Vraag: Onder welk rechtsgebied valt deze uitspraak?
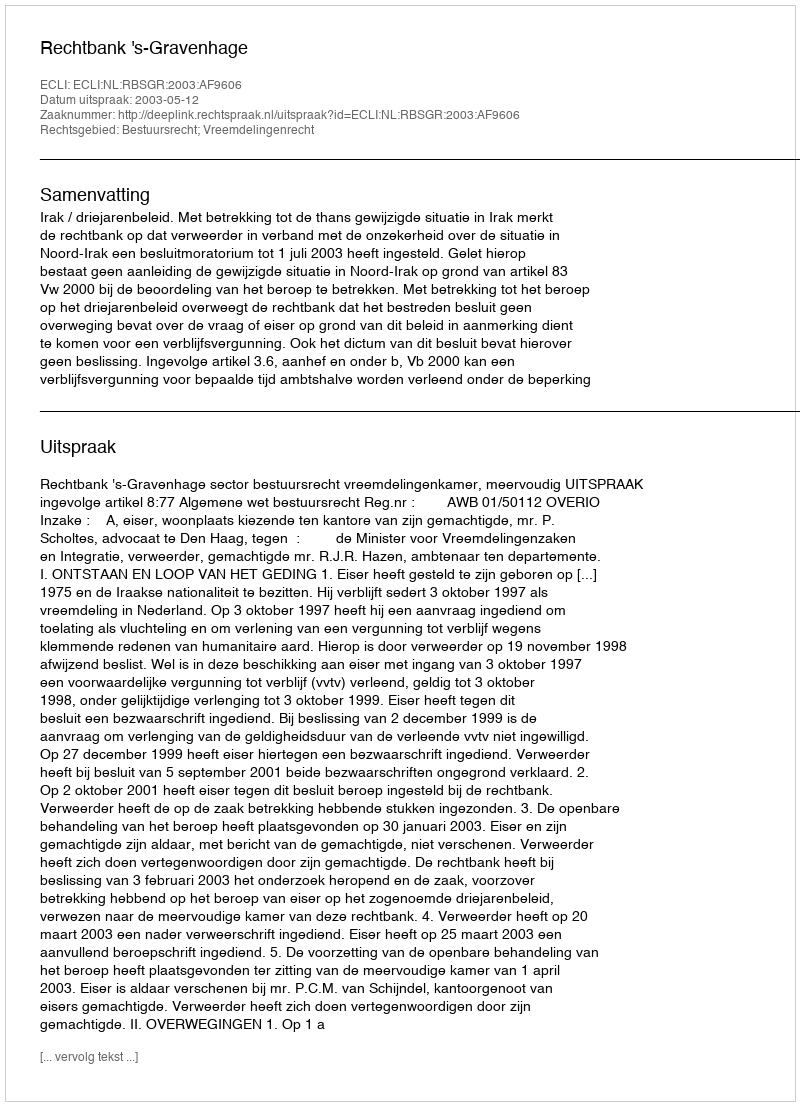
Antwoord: Bestuursrecht; Vreemdelingenrecht